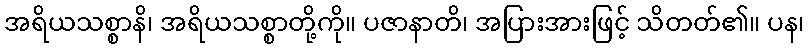
အရိယသစ္စာနိ၊ အရိယသစ္စာတို့ကို။ ပဇာနာတိ၊ အပြားအားဖြင့် သိတတ်၏။ ပန၊